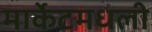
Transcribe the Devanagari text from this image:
मार्केटमधली